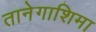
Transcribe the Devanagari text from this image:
तानेगाशिमा